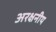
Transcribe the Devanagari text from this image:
अरक्षनीय